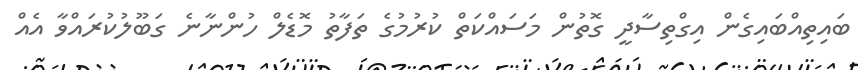
ބައިތިއްބައިގެން އިގްތިސާދީ ގޮތުން މަސައްކަތް ކުރުމުގެ ތަފާތު މޮޑެލް ހުންނާނެ ގަބޫލުކުރައްވާ އެއް